Calcutta medical institutions reports 1892-1900
Year: 1892
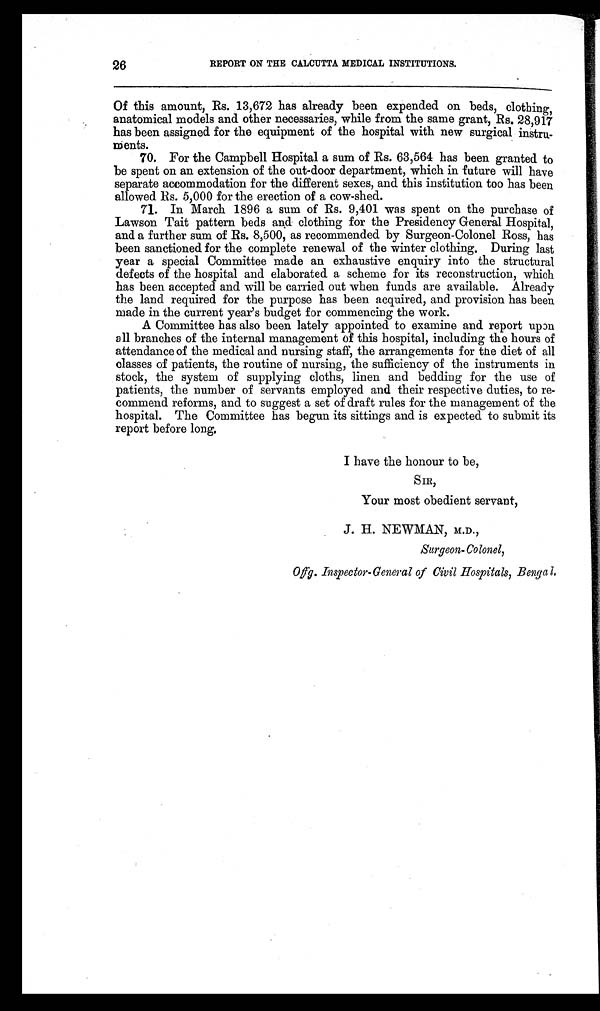
26
REPORT ON THE CALCUTTA MEDICAL INSTITUTIONS .
Of this amount, Rs. 13,672 has already been expended on beds, clothing,
anatomical models and other necessaries, while from the same grant, Rs. 28,917
has been assigned for the equipment of the hospital with new surgical instru
-ments.
70. For the Campbell Hospital a sum of Rs. 63,564 has been granted to
be spent on an extension of the out-door department, which in future will have
separate accommodation for the different sexes, and this institution too has been
allowed Rs. 5,000 for the erection of a cow-shed.
71. In March 1896 a sum of Rs. 9,401 was spent on the purchase of
Lawson Tait pattern beds and clothing for the Presidency General Hospital,
and a further sum of Rs. 8,500, as recommended by Surgeon-Colonel Ross, has
been sanctioned for the complete renewal of the winter clothing. During last
year a special Committee made an exhaustive enquiry into the structural
defects of the hospital and elaborated a scheme for its reconstruction, which
has been accepted and will be carried out when funds are available. Already
the land required for the purpose has been acquired, and provision has been
made in the current year’s budget for commencing the work.
A Committee has also been lately appointed to examine and report upon
all branches of the internal management of this hospital, including the hours of
attendance of the medical and nursing staff, the arrangements for the diet of all
classes of patients, the routine of nursing, the sufficiency of the instruments in
stock, the system of supplying cloths, linen and bedding for the use of
patients, the number of servants employed and their respective duties, to re-
commend reforms, and to suggest a set of draft rules for the management of the
hospital. The Committee has begun its sittings and is expected to submit its
report before long.
I have the honour to be,
SIR,
Your most obedient servant,
J. H. NEWMAN, M.D.,
Surgeon- Colonel,